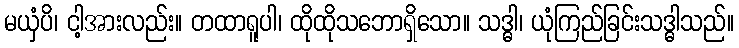
မယှံပိ၊ ငါ့အားလည်း။ တထာရူပါ၊ ထိုထိုသဘောရှိသော။ သဒ္ဓါ၊ ယုံကြည်ခြင်းသဒ္ဓါသည်။